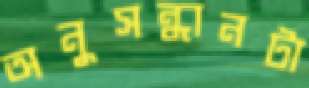
অনুসন্ধানটা